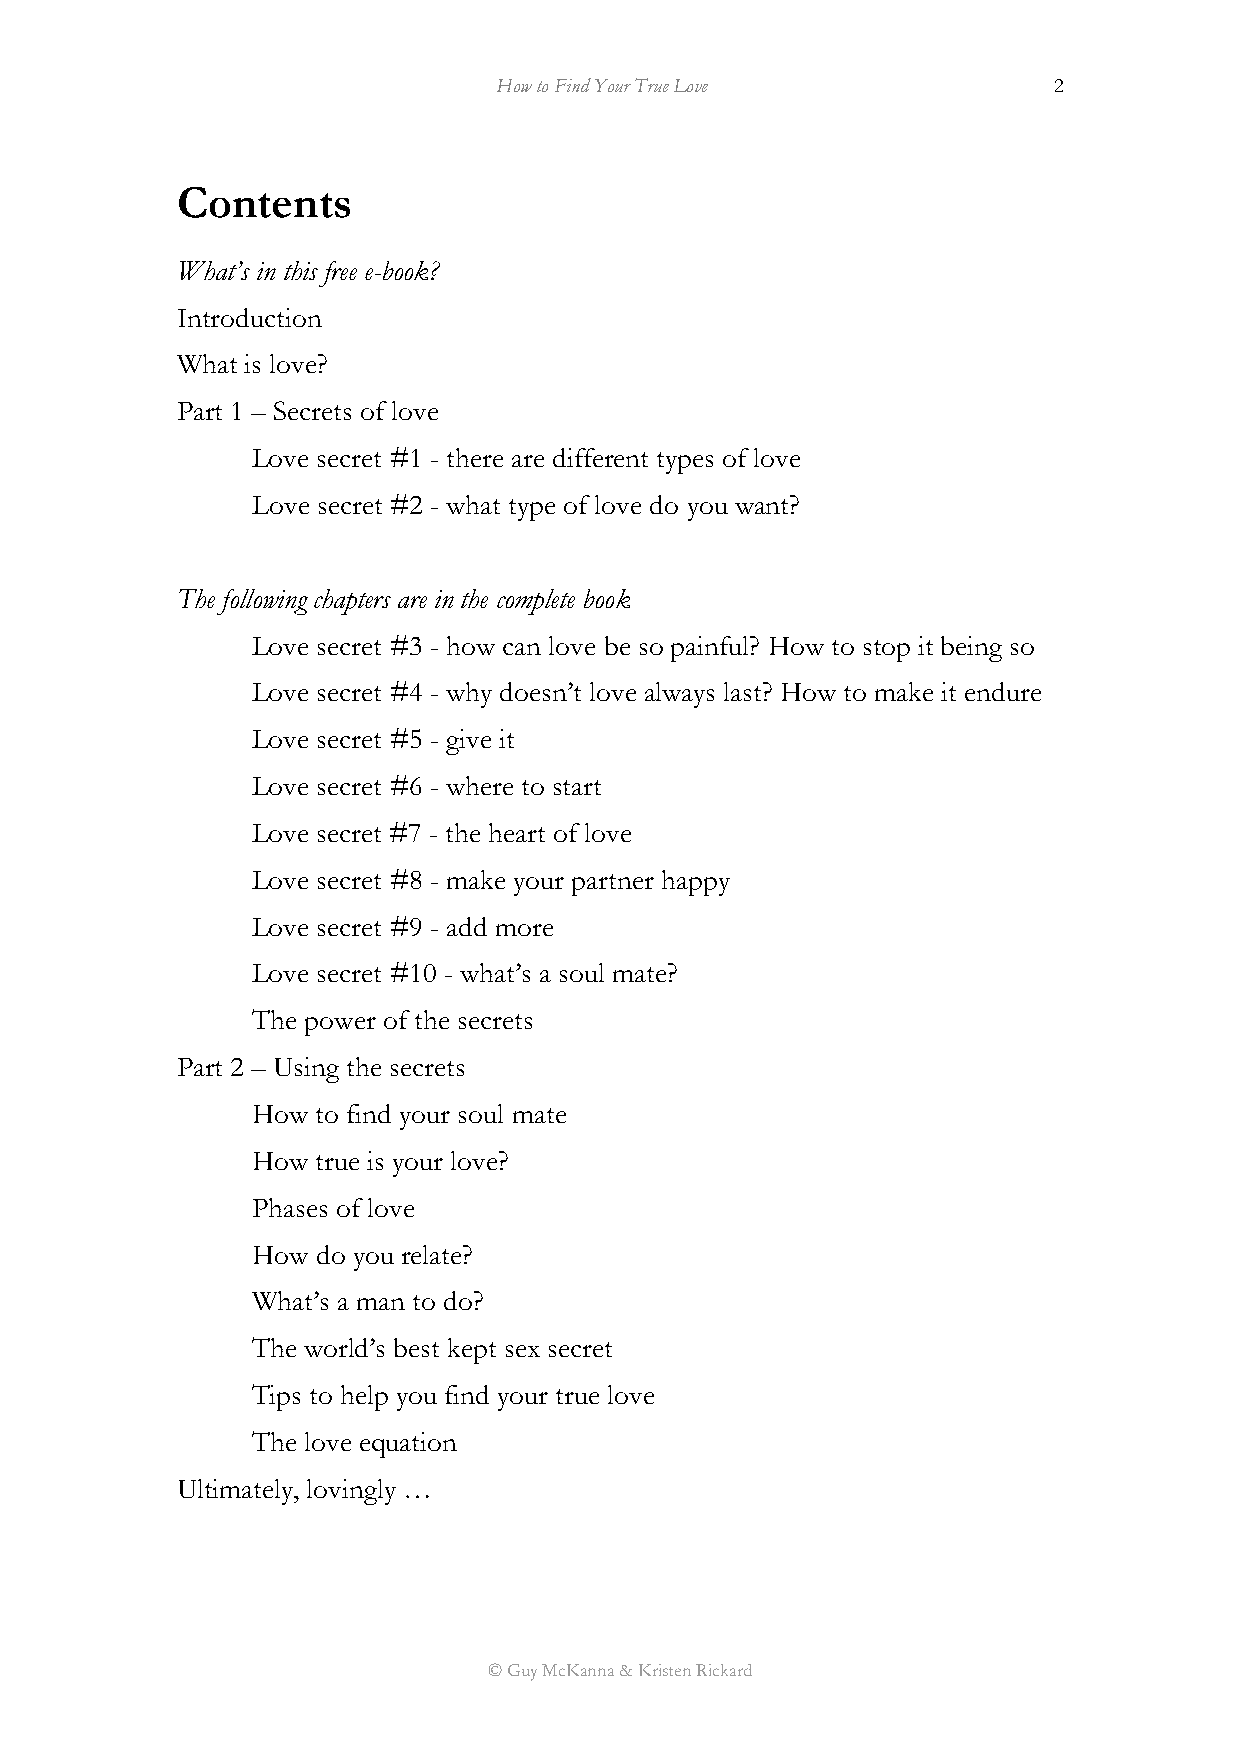
How to Find Your True Love           2
 Contents
 What’s in this free e-book?
 Introduction
 What is love?
 Part 1 – Secrets of love
 Love secret #1 - there are different types of love
 Love secret #2 - what type of love do you want?
 The following chapters are in the complete book
 Love secret #3 - how can love be so painful? How to stop it being so
 Love secret #4 - why doesn’t love always last? How to make it endure
 Love secret #5 - give it
 Love secret #6 - where to start
 Love secret #7 - the heart of love
 Love secret #8 - make your partner happy
 Love secret #9 - add more
 Love secret #10 - what’s a soul mate?
 The power of the secrets
 Part 2 – Using the secrets
 How to find your soul mate
 How true is your love?
 Phases of love
 How do you relate?
 What’s a man to do?
 The world’s best kept sex secret
 Tips to help you find your true love
 The love equation
 Ultimately, lovingly …
 © Guy McKanna & Kristen Rickard